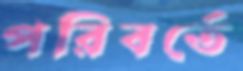
পরিবর্তে